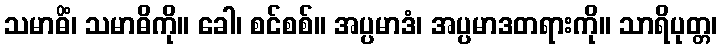
သမာဓိံ၊ သမာဓိကို။ ခေါ၊ စင်စစ်။ အပ္ပမာဒံ၊ အပ္ပမာဒတရားကို။ သာရိပုတ္တ၊